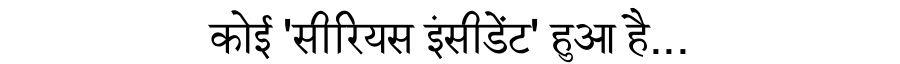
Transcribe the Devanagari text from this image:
कोई 'सीरियस इंसीडेंट' हुआ है...